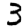
Digit: 3